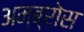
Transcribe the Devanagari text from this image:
अम्ब्रोस